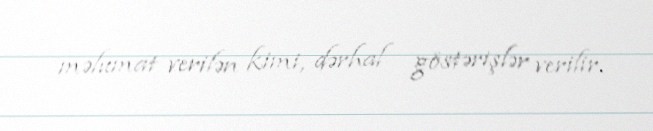
məlumat verilən kimi, dərhal göstərişlər verilir.